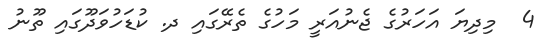
4  މިދިޔަ އަހަރުގެ ޖެނުއަރީ މަހުގެ ތެރޭގައި ދ. ކުޑަހުވަދޫގައި ތޫނު